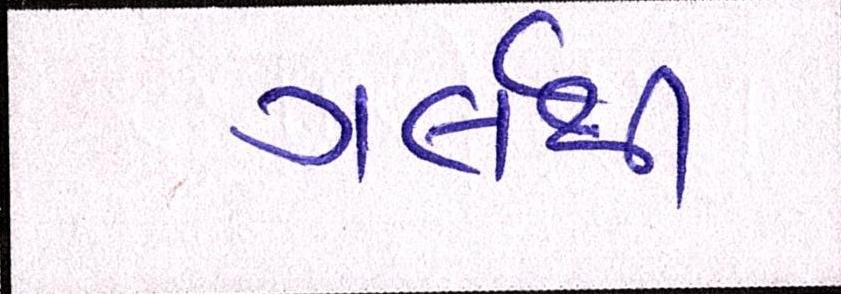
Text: ગર્લથી